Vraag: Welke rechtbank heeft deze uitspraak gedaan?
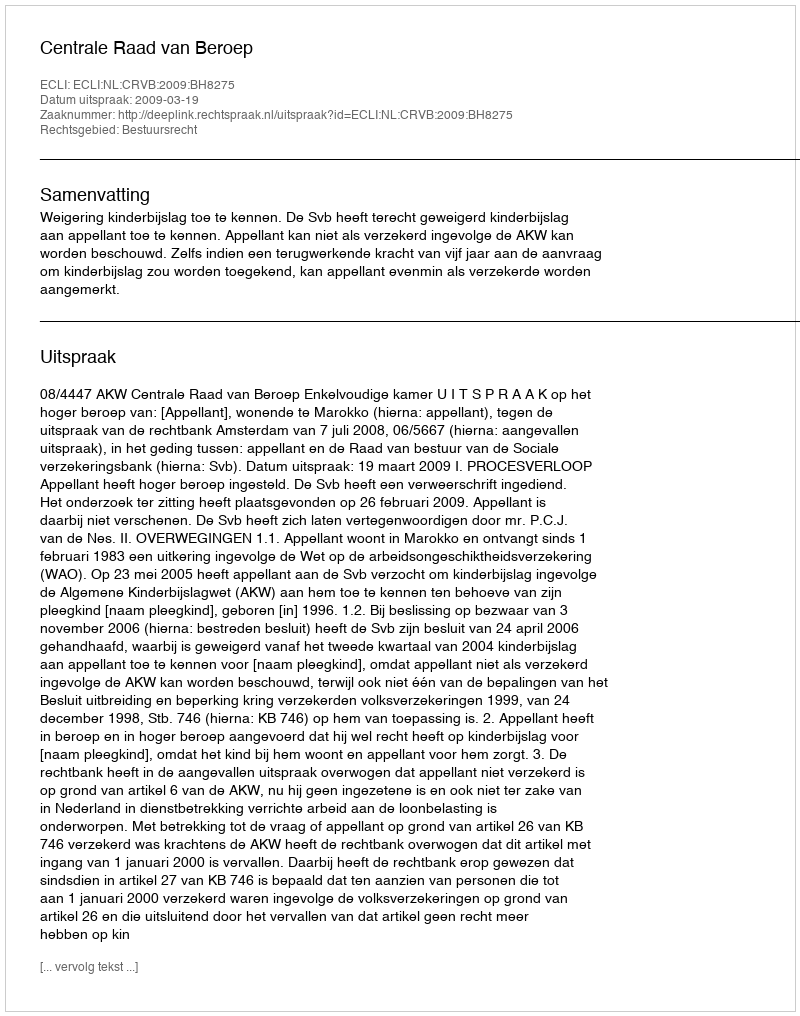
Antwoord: Centrale Raad van Beroep